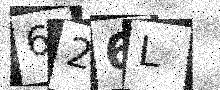
Text: 626L